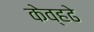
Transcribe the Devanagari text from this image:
केव्हढे